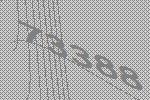
73388